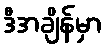
ဒီအချိန်မှာ